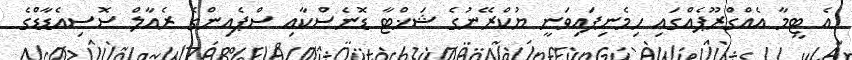
އެ ޓީމާ އެއްގްރޫޕެއްގައި ހިމެނިފައިވަނީ ޔުކްރޭނުގެ ޝަޚްޓާ ޑޮނެސްކާއި ސްޕެއިންގެ ރެއާލް ސޮސިއެޑާޑްގެ